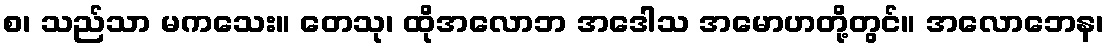
စ၊ သည်သာ မကသေး။ တေသု၊ ထိုအလောဘ အဒေါသ အမောဟတို့တွင်။ အလောဘေန၊